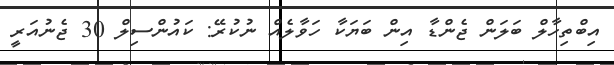
އިބްތިހާލް ބަލަން ޖެންޑާ އިން ބަޔަކާ ހަވާލެއް ނުކުރޭ: ކައުންސިލް 30 ޖެނުއަރީ